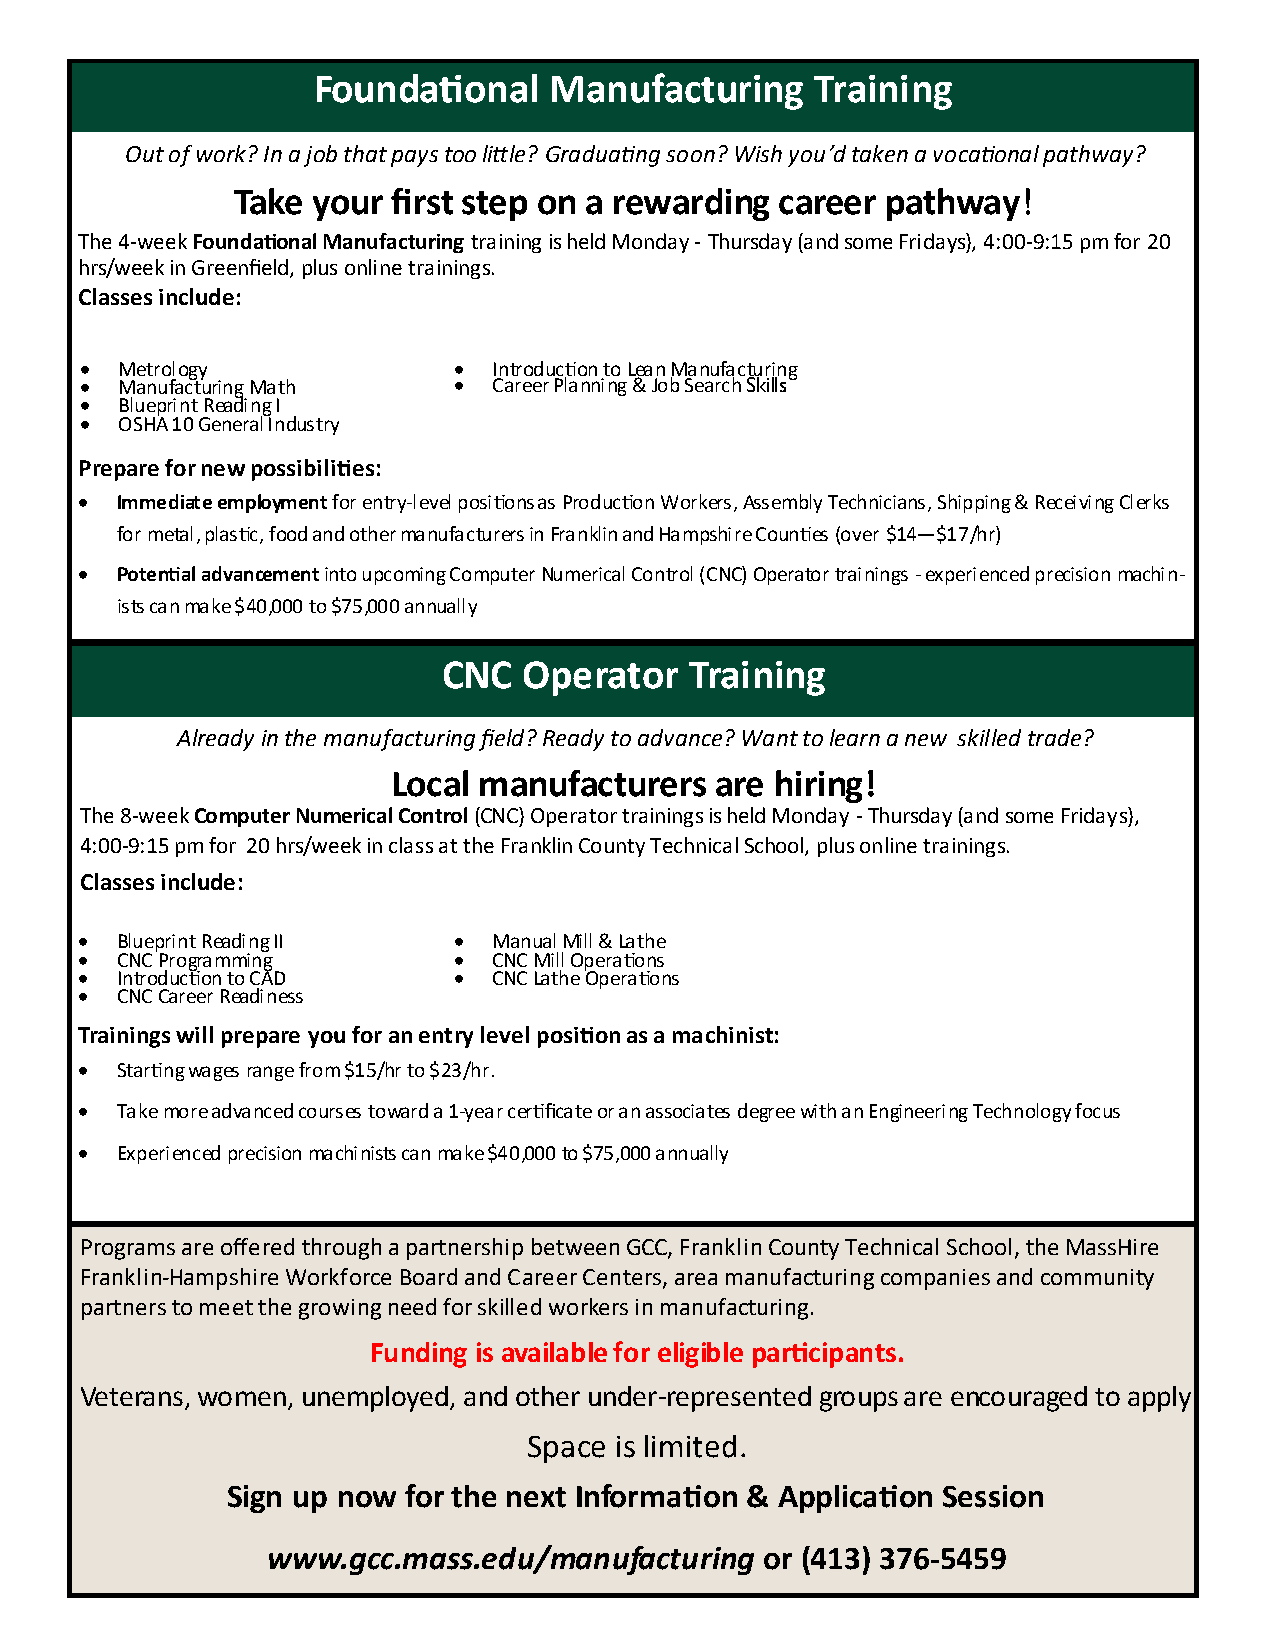
Foundational   Manufacturing     Training
 Out of work? In a job that pays too little? Graduating soon? Wish you’d taken a vocational pathway?
 Take  your first step on a rewarding career pathway!
 The 4-week Foundational Manufacturing training is held Monday - Thursday (and some Fridays), 4:00-9:15 pm for 20
 hrs/week in Greenfield, plus online trainings.
 Classes include:
 •  Metrology             •  Introduction to Lean Manufacturing
 •  Manufacturing Math    •  Career Planning & Job Search Skills
 •  Blueprint Reading I
 •  OSHA 10 General Industry
 Prepare for new possibilities:
 •  Immediate employment for entry-level positions as Production Workers, Assembly Technicians, Shipping & Receiving Clerks
 for metal, plastic, food and other manufacturers in Franklin and Hampshire Counties (over $14—$17/hr)
 •  Potential advancement into upcoming Computer Numerical Control (CNC) Operator trainings - experienced precision machin-
 ists can make $40,000 to $75,000 annually
 CNC   Operator   Training
 Already in the manufacturing field? Ready to advance? Want to learn a new skilled trade?
 Local manufacturers  are hiring!
 The 8-week Computer Numerical Control (CNC) Operator trainings is held Monday - Thursday (and some Fridays),
 4:00-9:15 pm for 20 hrs/week in class at the Franklin County Technical School, plus online trainings.
 Classes include:
 •  Blueprint Reading II  •  Manual Mill & Lathe
 •  CNC Programming       •  CNC Mill Operations
 •  Introduction to CAD   •  CNC Lathe Operations
 •  CNC Career Readiness
 Trainings will prepare you for an entry level position as a machinist:
 •  Starting wages range from $15/hr to $23/hr.
 •  Take more advanced courses toward a 1-year certificate or an associates degree with an Engineering Technology focus
 •  Experienced precision machinists can make $40,000 to $75,000 annually
 Programs are offered through a partnership between GCC, Franklin County Technical School, the MassHire
 Franklin-Hampshire Workforce Board and Career Centers, area manufacturing companies and community
 partners to meet the growing need for skilled workers in manufacturing.
 Funding is available for eligible participants.
 Veterans, women, unemployed, and other under-represented groups are encouraged to apply
 Space is limited.
 Sign up now for the next Information & Application Session
 www.gcc.mass.edu/manufacturing  or (413) 376-5459